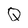
Character: Q